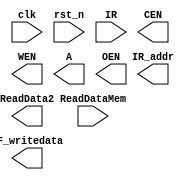
// Single Cycle MIPS
//=========================================================
// Input/Output Signals:
// positive-edge triggered         clk
// active low asynchronous reset   rst_n
// instruction memory interface    IR_addr, IR
// output for testing purposes     RF_writedata  
//=========================================================
// Wire/Reg Specifications:
// control signals             MemToReg, MemRead, MemWrite, 
//                             RegDST, RegWrite, Branch, 
//                             Jump, ALUSrc, ALUOp
// ALU control signals         ALUctrl
// ALU input signals           ALUin1, ALUin2
// ALU output signals          ALUresult, ALUzero
// instruction specifications  r, j, jal, jr, lw, sw, beq
// sign-extended signal        SignExtend
// MUX output signals          MUX_RegDST, MUX_MemToReg, 
//                             MUX_Src, MUX_Branch, MUX_Jump
// registers input signals     Reg_R1, Reg_R2, Reg_W, WriteData 
// registers                   Register
// registers output signals    ReadData1, ReadData2
// data memory contral signals CEN, OEN, WEN
// data memory output signals  ReadDataMem
// program counter/address     PCin, PCnext, JumpAddr, BranchAddr
//=========================================================

module SingleCycle_MIPS( 
    clk,
    rst_n,
    IR_addr,
    IR,
    RF_writedata,
    ReadDataMem,
    CEN,
    WEN,
    A,
    ReadData2,
    OEN
);

//==== in/out declaration =================================
    //-------- processor ----------------------------------
    input         clk, rst_n;
    input  [31:0] IR;
    output [31:0] IR_addr, RF_writedata;
    //-------- data memory --------------------------------
    input  [31:0] ReadDataMem;
    output        CEN;
    output        WEN;
    output  [6:0] A;
    output [31:0] ReadData2;
    output        OEN;

//==== reg/wire declaration ===============================


//==== combinational part =================================


//==== sequential part ====================================


//=========================================================
endmodule